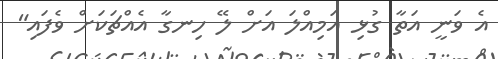
އެ ވަނީ އަތާ ގުޅި އަމިއްލަ އަށް ލޭ ހިނގާ އެއްޗަކަށް ވެފައި"